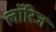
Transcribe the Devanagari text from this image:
लॉरिज